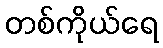
တစ်ကိုယ်ရေ